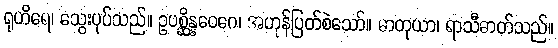
ရုဟိရေ၊ သွေးပုပ်သည်။ ဥပစ္ဆိန္နဝေဂေ၊ အဟုန်ပြတ်စဲသော်။ ဓာတုယာ၊ ရာသီဓာတ်သည်။